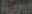
Randt